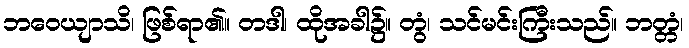
ဘဝေယျာသိ၊ ဖြစ်ရာ၏။ တဒါ၊ ထိုအခါ၌။ တွံ၊ သင်မင်းကြီးသည်။ ဘတ္တံ၊